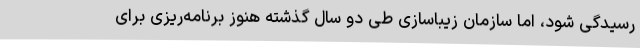
رسیدگی شود، اما سازمان زیباسازی طی دو سال گذشته هنوز برنامه‌ریزی برای